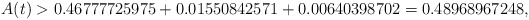
\begin{align*}A(t) > 0.46777725975 + 0.01550842571 + 0.00640398702 = 0.48968967248, \end{align*}